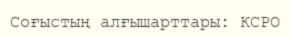
Соғыстың алғышарттары: КСРО